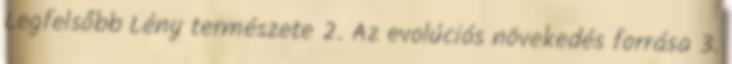
Legfelsőbb Lény természete 2. Az evolúciós növekedés forrása 3.